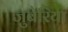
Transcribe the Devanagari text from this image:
जुबेरिया